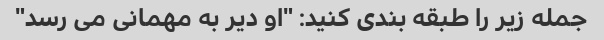
جمله زیر را طبقه بندی کنید: "او دیر به مهمانی می رسد"